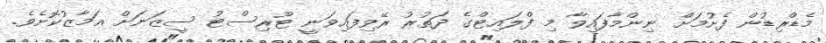
މެޑްރިޑުން ފެށުމަށް ނިންމާފައިވާ މި ފްލައިޓްގެ ދަތުރު ރޭވިފައިވަނީ ޓޫރިސްޓު ސީޒަނަށް އަމާޒުކޮށެވެ.